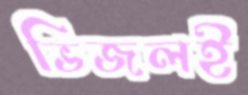
ভিজলই